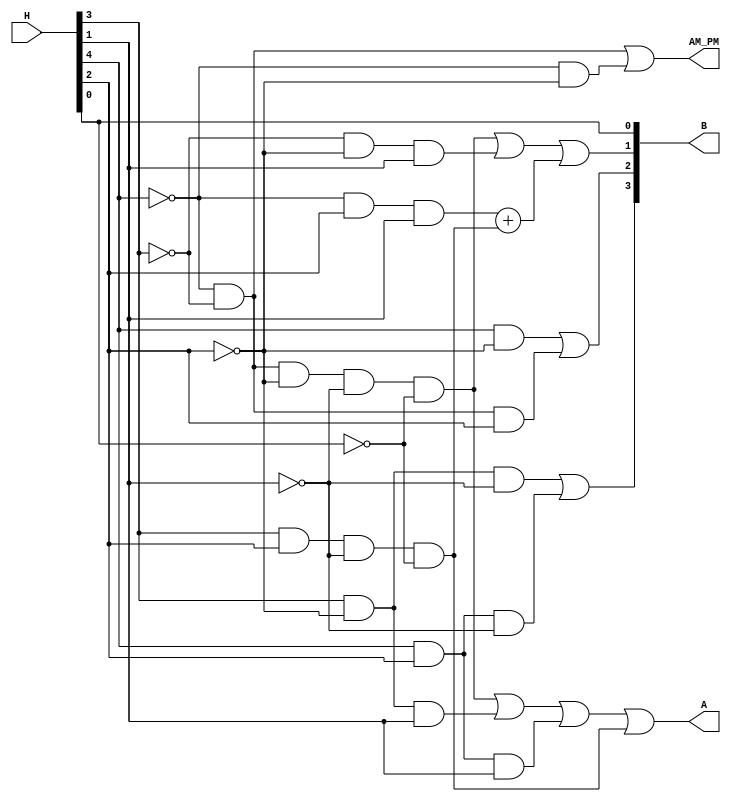
module hour_decoder(output reg A, AM_PM, output reg [3:0] B, input [4:0] H);
	always @ (H)
		begin
			A <= (~H[4] & ~H[3] & ~H[2] & ~H[1] & ~H[0]) | (H[3] & ~H[2] & H[1]) | (H[4] & H[2] & H[1]) | (H[3] & H[2] & ~H[1] & ~H[0]);
			B[3] <= (H[3] & ~H[2] & ~H[1]) | (H[4] & H[2] & ~H[1]);
			B[2] <= (H[4] & ~H[2]) | (~H[4] & ~H[3] & H[2]);
			B[1] <= (~H[4] & ~H[3] & ~H[2] & ~H[1] & ~H[0]) | (~H[3] & ~H[2] & H[1]) | (~H[4] & H[2] & H[1]) + (H[3] & H[2] & ~H[1] & ~H[0]);
			B[0] <= H[0];
			AM_PM <= (~H[4] & ~H[3]) | (~H[4] & ~H[2]);
		end
endmodule